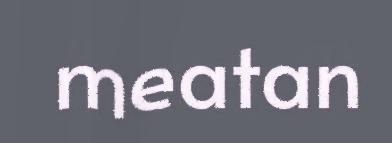
meatan